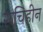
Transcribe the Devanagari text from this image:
रूचिहीन